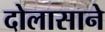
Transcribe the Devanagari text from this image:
दोलासाने